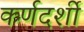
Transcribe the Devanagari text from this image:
कर्णदर्शी